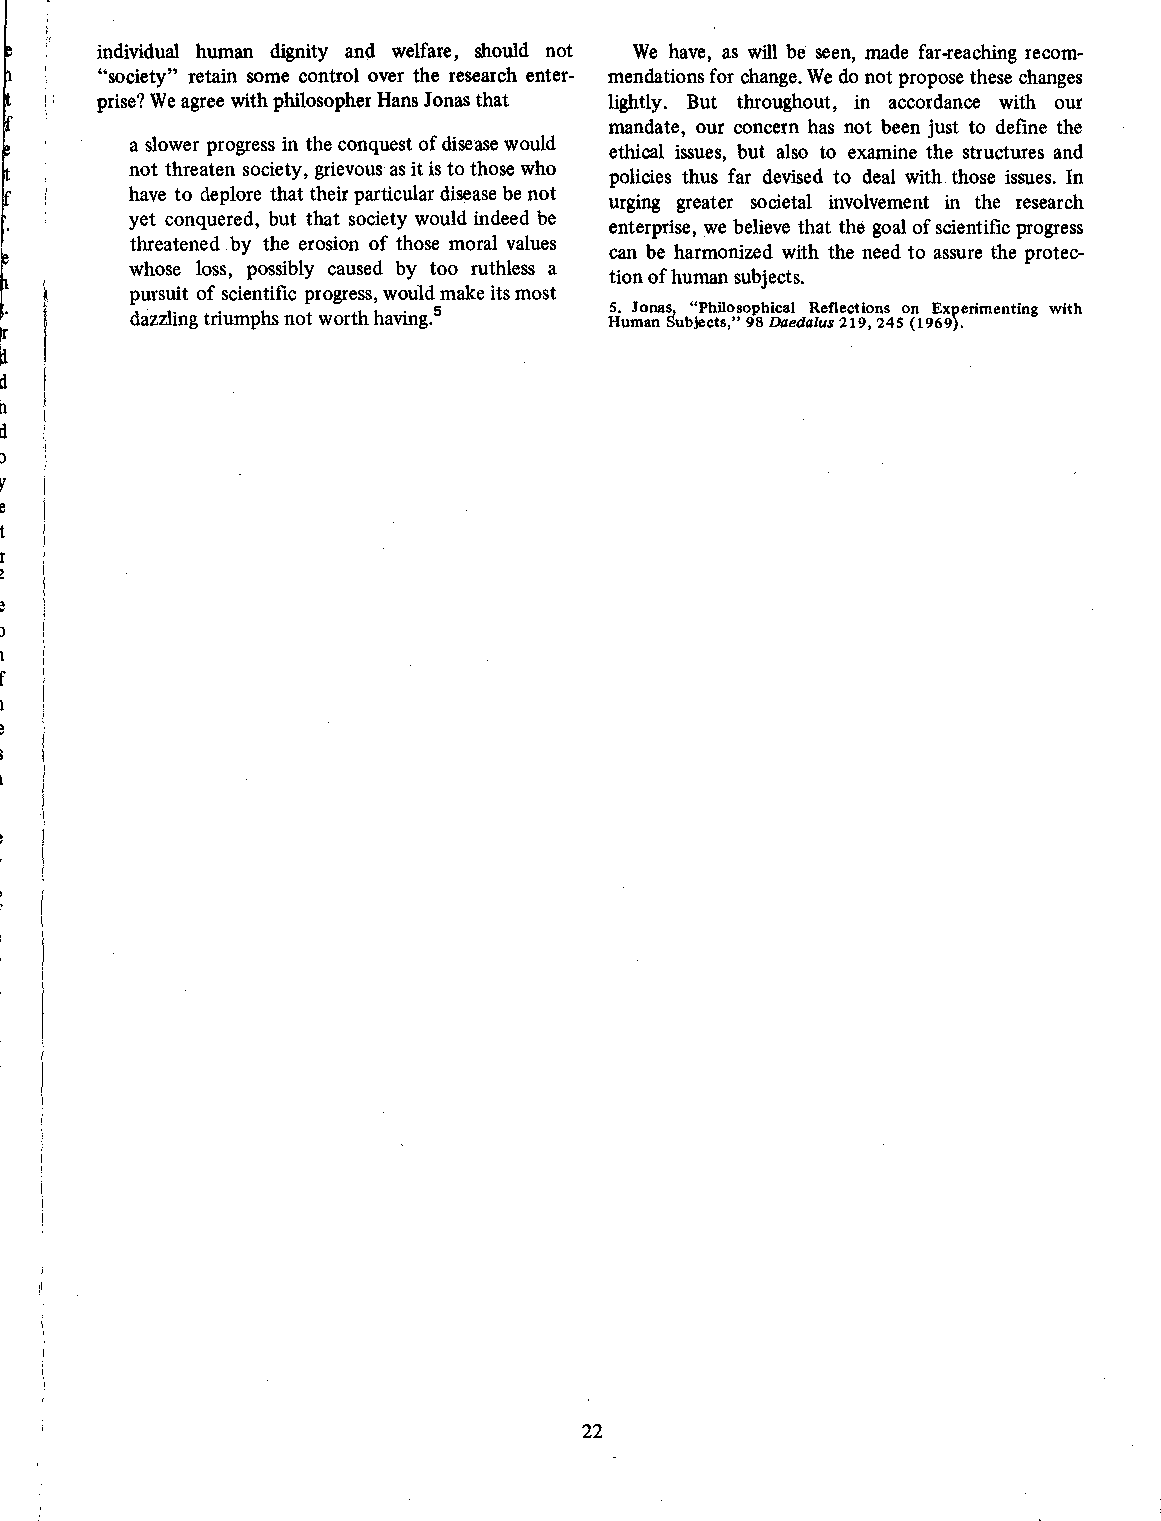
individual human dignity and welfare, should not We have, as will be seen, made far-reaching recom-
 "society" retain some control over the research enter- mendations for change. We do not propose these changes
 prise? We agree with philosopher Hans Jonas that lightly. But throughout, in accordance with our
 mandate, our concern has not been just to define the
 a slower progress in the conquest of disease would
 ethical issues, but also to examine the structures and
 not threaten society, grievous as it is to those who
 policies thus far devised to deal with those issues . In
 have to deplore that their particular disease be not
 urging greater societal involvement in the research
 yet conquered, but that society would indeed be
 enterprise, we believe that the goal of scientific progress
 threatened .by the erosion of those moral values
 can be harmonized with the need to assure the protec-
 whose loss, possibly caused by too ruthless a
 tion of human subjects.
 pursuit of scientific progress, would make its most
 5. Jonas, "Philosophical Reflections on Experimenting with
 dazzling triumphs not worth having.5 Human Subjects," 98Daedalus219, 245 (1969).
 22